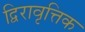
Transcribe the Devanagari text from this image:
द्विरावृत्तिक